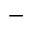
^ -